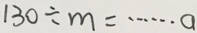
1 3 0 \div m = \cdots a